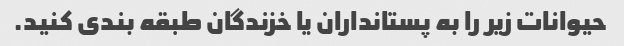
حیوانات زیر را به پستانداران یا خزندگان طبقه بندی کنید.